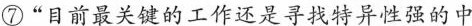
⑦“目前最关键的工作还是寻找特异性强的中